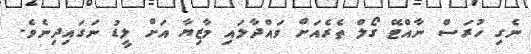
ނެގި ހުރަސް ނާއްޓޭ ގޯލް ތެރެއަށް ވައްދާލައި މާޒިޔާ އަށް ލީޑު ނަގައިދިނެވެ.